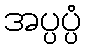
အပ္ပပ္ပံ